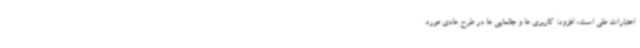
اعتبارات ملی است، افزود: کاربری ها و جانمایی ها در طرح هادی مورد